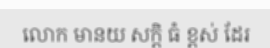
លោក មានយ សក្តិ ធំ ខ្ពស់ ដែរ